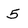
Character: 5